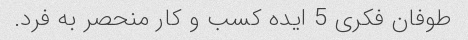
طوفان فکری 5 ایده کسب و کار منحصر به فرد.